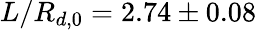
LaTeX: L/R_{d,0}=2.74\pm 0.08